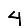
Digit: 4